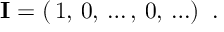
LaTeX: { \bf I } = ( \, 1 , \, 0 , \, \ldots , \, 0 , \, \ldots ) \; \; .